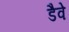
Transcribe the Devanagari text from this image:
डैवे